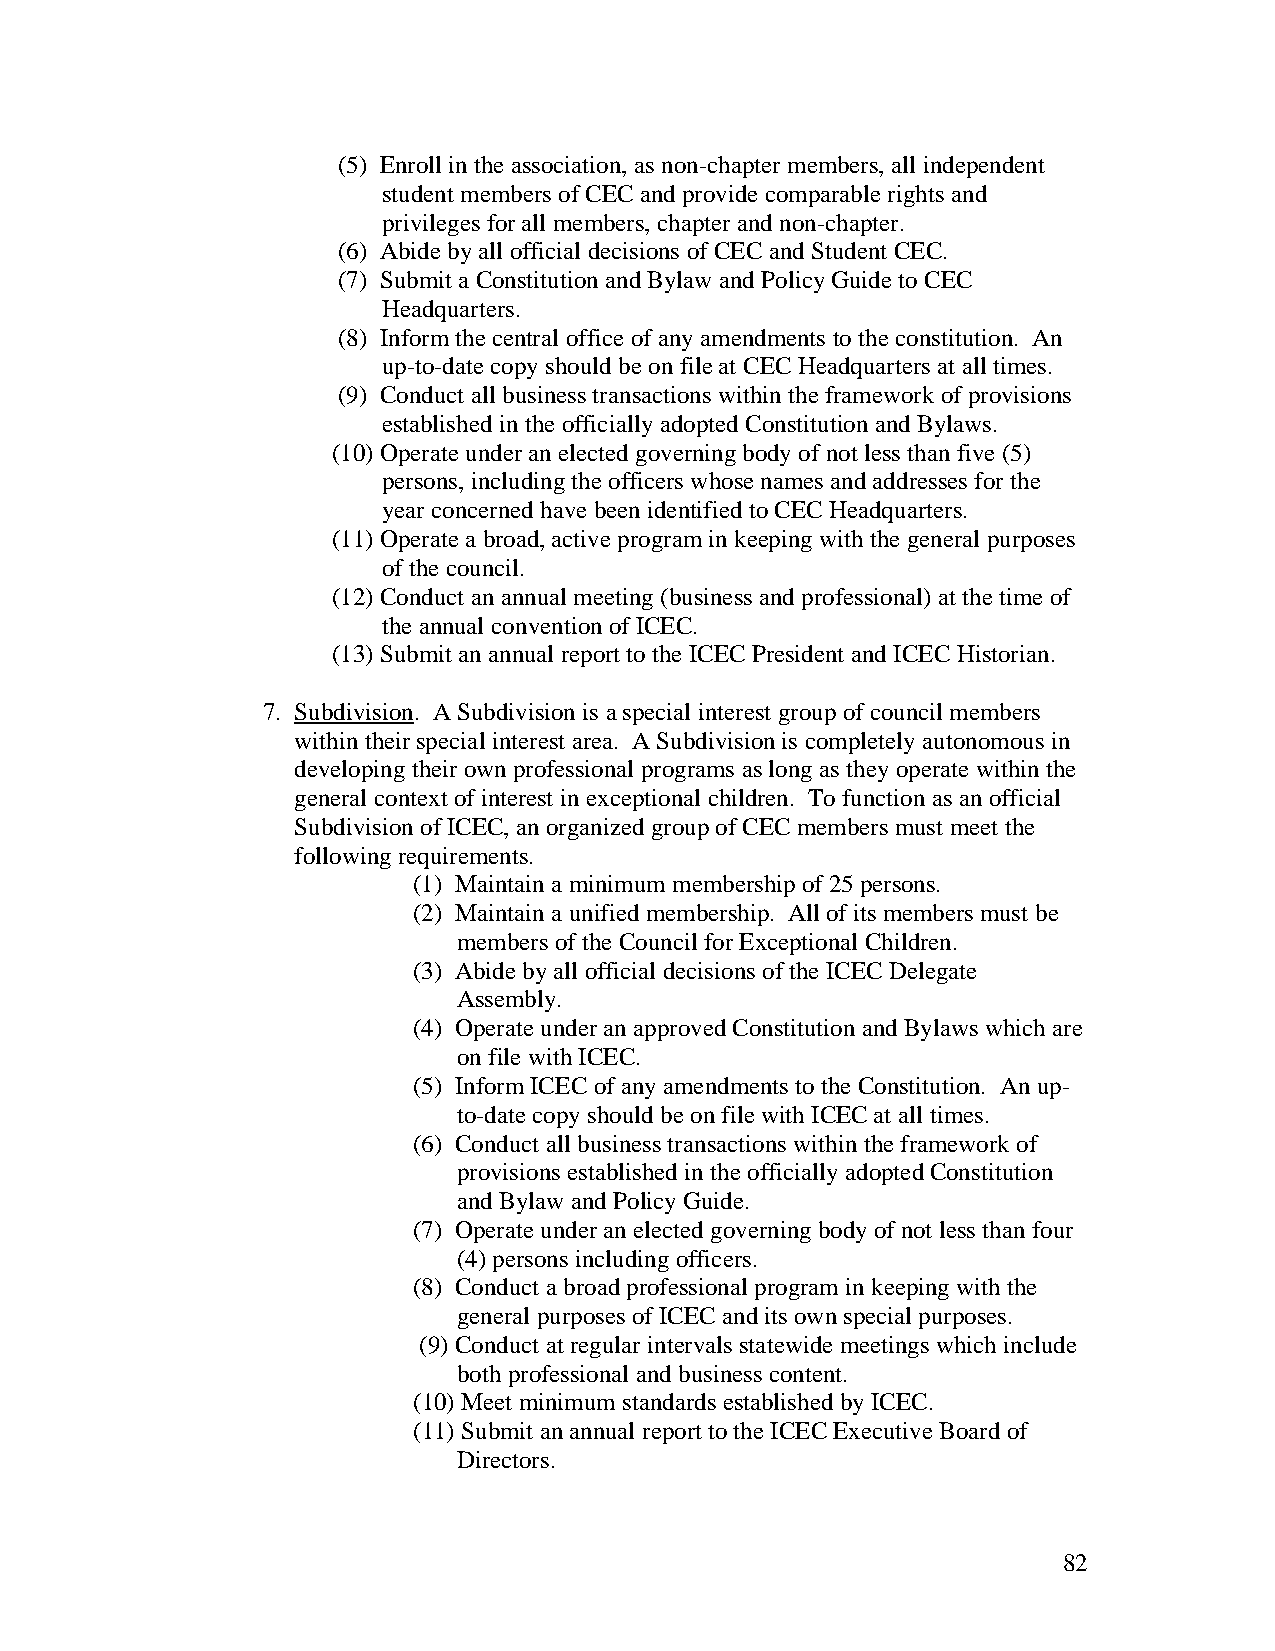
(5) Enroll in the association, as non-chapter members, all independent
 student members of CEC and provide comparable rights and
 privileges for all members, chapter and non-chapter.
 (6) Abide by all official decisions of CEC and Student CEC.
 (7) Submit a Constitution and Bylaw and Policy Guide to CEC
 Headquarters.
 (8) Inform the central office of any amendments to the constitution. An
 up-to-date copy should be on file at CEC Headquarters at all times.
 (9) Conduct all business transactions within the framework of provisions
 established in the officially adopted Constitution and Bylaws.
 (10) Operate under an elected governing body of not less than five (5)
 persons, including the officers whose names and addresses for the
 year concerned have been identified to CEC Headquarters.
 (11) Operate a broad, active program in keeping with the general purposes
 of the council.
 (12) Conduct an annual meeting (business and professional) at the time of
 the annual convention of ICEC.
 (13) Submit an annual report to the ICEC President and ICEC Historian.
 7. Subdivision. A Subdivision is a special interest group of council members
 within their special interest area. A Subdivision is completely autonomous in
 developing their own professional programs as long as they operate within the
 general context of interest in exceptional children. To function as an official
 Subdivision of ICEC, an organized group of CEC members must meet the
 following requirements.
 (1) Maintain a minimum membership of 25 persons.
 (2) Maintain a unified membership. All of its members must be
 members of the Council for Exceptional Children.
 (3) Abide by all official decisions of the ICEC Delegate
 Assembly.
 (4) Operate under an approved Constitution and Bylaws which are
 on file with ICEC.
 (5) Inform ICEC of any amendments to the Constitution. An up-
 to-date copy should be on file with ICEC at all times.
 (6) Conduct all business transactions within the framework of
 provisions established in the officially adopted Constitution
 and Bylaw and Policy Guide.
 (7) Operate under an elected governing body of not less than four
 (4) persons including officers.
 (8) Conduct a broad professional program in keeping with the
 general purposes of ICEC and its own special purposes.
 (9) Conduct at regular intervals statewide meetings which include
 both professional and business content.
 (10) Meet minimum standards established by ICEC.
 (11) Submit an annual report to the ICEC Executive Board of
 Directors.
 82